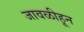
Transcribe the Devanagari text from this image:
जावळीहून